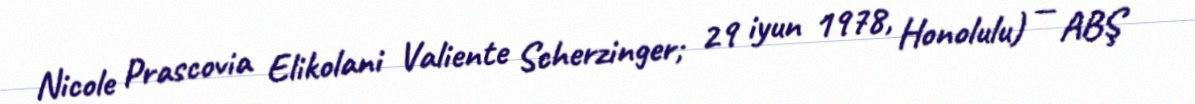
Nicole Prascovia Elikolani Valiente Scherzinger; 29 iyun 1978, Honolulu) — ABŞ